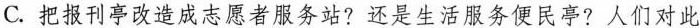
C.把报刊亭改造成志愿者服务站?还是生活服务便民亭?人们对此